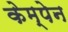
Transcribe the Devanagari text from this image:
केम्पेन